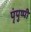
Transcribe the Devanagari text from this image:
पृंपुष्पी